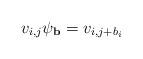
LaTeX: \begin{align*} v_{i,j}\psi_{\mathbf{b}} = v_{i,j+b_{i}} \end{align*}